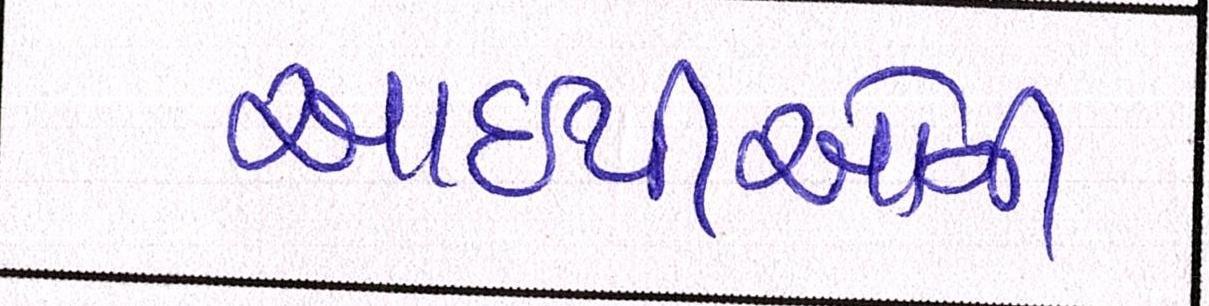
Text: આઇપીઓની